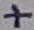
Text: +